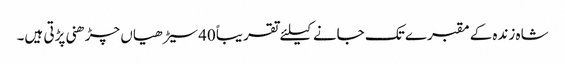
شاہ زندہ کے مقبرے تک جانے کیلئے تقریباً 40سیڑھیاں چڑھنی پڑتی ہیں۔